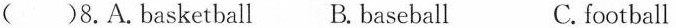
( )8.A.basketball B. baseball C. football